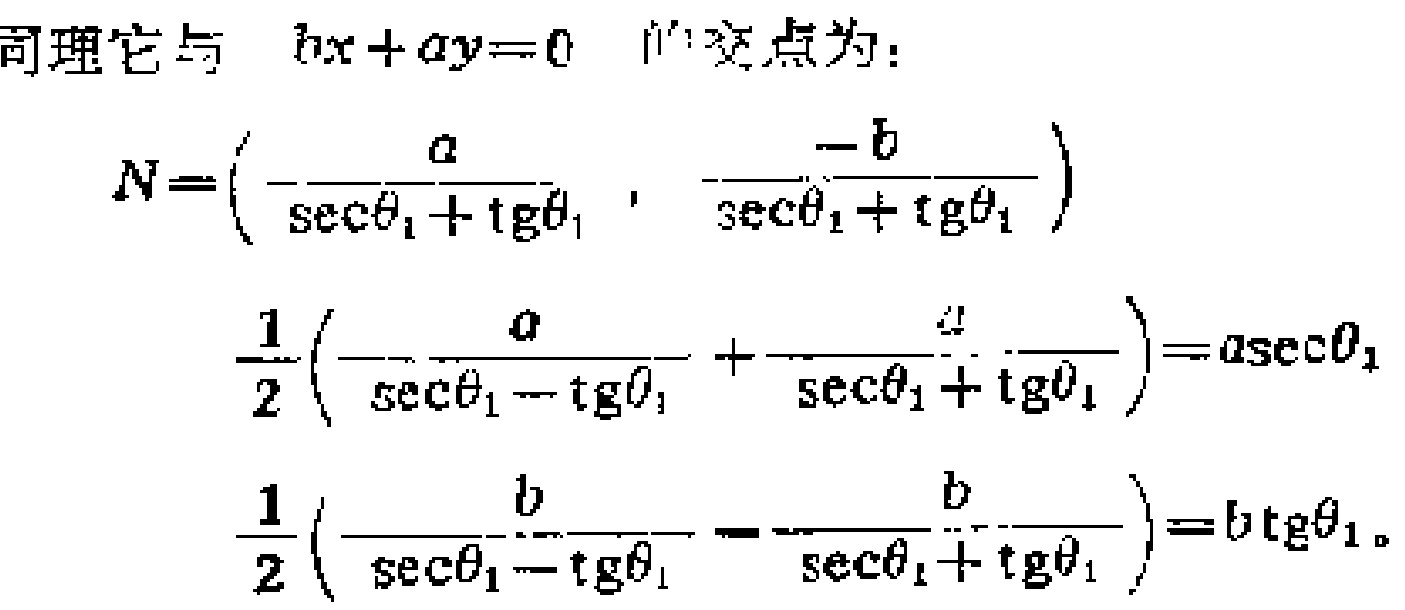
同理它与 \(bx + ay = 0\) 的交点为：
\[
N=\left(\frac{a}{\sec\theta_{1}+\tg\theta_{1}},\frac{-b}{\sec\theta_{1}+\tg\theta_{1}}\right)
\]
\[
\frac{1}{2}\left(\frac{a}{\sec\theta_{1}-\tg\theta_{1}}+\frac{a}{\sec\theta_{1}+\tg\theta_{1}}\right)=a\sec\theta_{1}
\]
\[
\frac{1}{2}\left(\frac{b}{\sec\theta_{1}-\tg\theta_{1}}-\frac{b}{\sec\theta_{1}+\tg\theta_{1}}\right)=b\tg\theta_{1}
\]